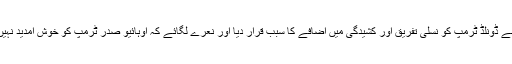
مظاہرین نے ڈونلڈ ٹرمپ کو نسلی تفریق اور کشیدگی میں اضافے کا سبب قرار دیا اور نعرے لگائے کہ اوہائیو صدر ٹرمپ کو خوش آمدید نہیں کہتا ہے۔